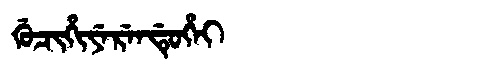
Manchu: ᡤᡠᠴᡳᡥᡳᠶᡝᡵᡝᠨᡩᡠᡥᡝᡳ
Romanization: GUCIHIYERENDUHEI